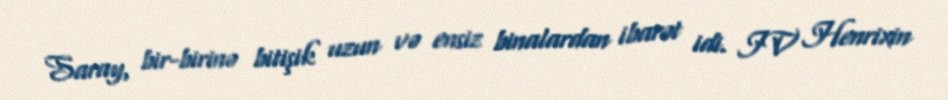
Saray, bir-birinə bitişik uzun və ensiz binalardan ibarət idi. IV Henrixin